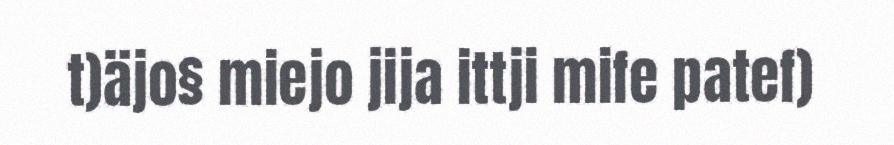
t)äjo§ miejo jija ittji mife patef)